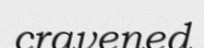
cravened